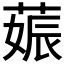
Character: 𦵢